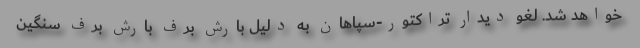
خواهد شد. لغو دیدار تراکتور-سپاهان به دلیل بارش برف بارش برف سنگین